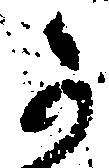
か